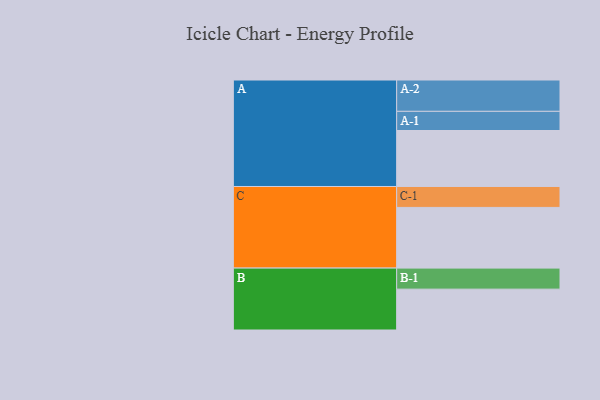
{"axis": {"x": "Segment", "y": "Value"}, "legend": ["", "A", "B", "C"], "data": [{"x": "A", "y": 511, "type": ""}, {"x": "B", "y": 373, "type": ""}, {"x": "C", "y": 554, "type": ""}, {"x": "A-1", "y": 175, "type": "A"}, {"x": "A-2", "y": 286, "type": "A"}, {"x": "B-1", "y": 192, "type": "B"}, {"x": "C-1", "y": 191, "type": "C"}]}